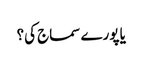
یا پورے سماج کی؟